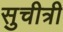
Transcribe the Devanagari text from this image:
सुचीत्री